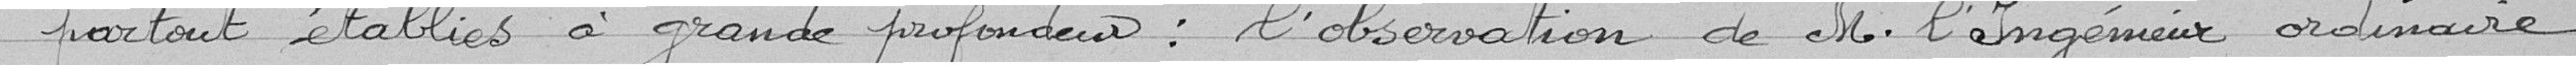
partout établies à grande profondeurs : l'observation de M. l'Ingénieur ordinaire.